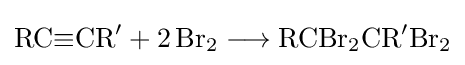
{\mathrm {RC} {\equiv }\mathrm {CR} {\vphantom {A}}^{\prime }{}+{}2\,\mathrm {Br} {\vphantom {A}}_{\smash[{t}]{2}}{}\mathrel {\longrightarrow } {}\mathrm {RCBr} {\vphantom {A}}_{\smash[{t}]{2}}\mathrm {CR} {\vphantom {A}}^{\prime }\mathrm {Br} {\vphantom {A}}_{\smash[{t}]{2}}}